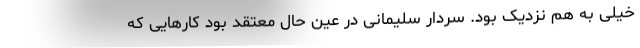
خیلی به هم نزدیک بود. سردار سلیمانی در عین حال معتقد بود کارهایی که